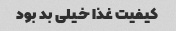
کیفیت غذا خیلی بد بود